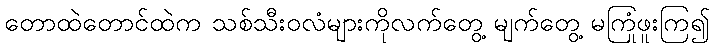
တောထဲတောင်ထဲက သစ်သီးဝလံများကိုလက်တွေ့ မျက်တွေ့ မကြုံဖူးကြ၍